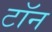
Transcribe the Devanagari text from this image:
टॉन